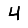
Digit: 4